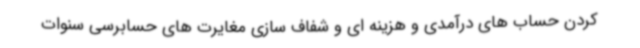
کردن حساب های درآمدی و هزینه ای و شفاف سازی مغایرت های حسابرسی سنوات